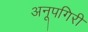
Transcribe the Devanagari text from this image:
अनूपगिरी